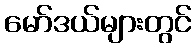
မော်ဒယ်များတွင်